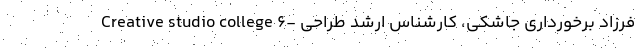
Creative studio college ۶- فرزاد برخورداری جاشکی، کارشناس ارشد طراحی